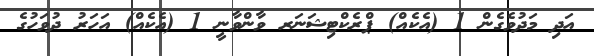
އަދި މަދުވެގެން 1 (އެކެއް) ޕްރެކްޓިޝަނަރ ވާންވާނީ 1 (އެކެއް) އަހަރު ދުވަހުގެ